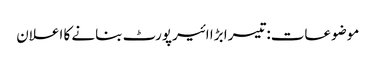
موضوعات:تیسرا بڑا ائیرپورٹ بنانے کا اعلان